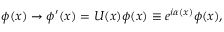
\phi ( x ) \rightarrow \phi ^ { \prime } ( x ) = U ( x ) \phi ( x ) \equiv e ^ { i \alpha ( x ) } \phi ( x ) ,